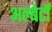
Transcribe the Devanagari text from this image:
अल्बेर्टों